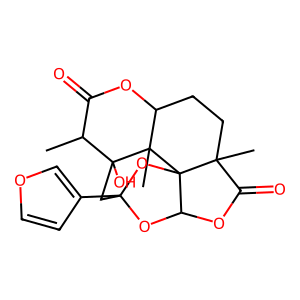
SMILES: CC1C(=O)OC2CCC3(C)C(=O)OC4OC5(c6ccoc6)CC1(O)C2(C)C43O5
Inhibits HIV replication: No